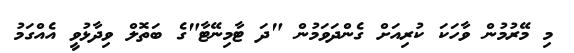
މި މޭރުމުން ވާހަކަ ކުރިއަށް ގެންދަވަމުން "ދަ ޓާމިނޭޓާ"ގެ ބަތޮލް ވިދާޅުވީ އެއްގަމު